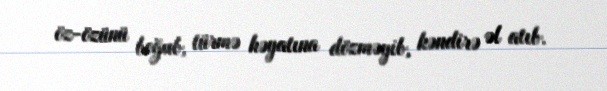
öz-özünü boğub, türmə həyatına dözməyib, kəndirə əl atıb.